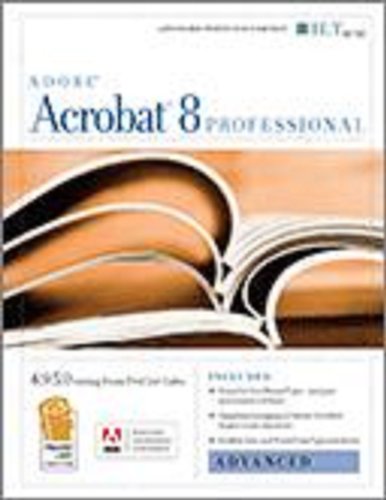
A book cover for Acrobat 8 Professional: Advanced, Ace Edition + Certblaster, Instructor's Edition (ILT); Axzo Press; Computers & Technology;